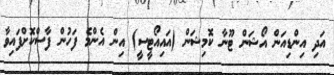
އަދި އިންޑިއަން އޯޝަން ޓޫނާ ކޮމިޝަން (އައިއޯޓީސީ) އިން އެންމެ ފަހުން ފާސްކޮށްފައިވާ